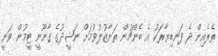
ތެރެއިން ދެ ފަނޑިޔާރަކު އެ ބެންޗުން ތަނާޒުލުވުމަށް ނަޝީދުގެ ގާނޫނީ ޓީމުން ވަނީ